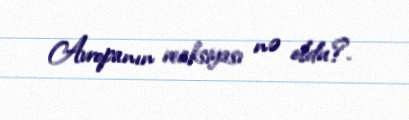
Avropanın reaksiyası nə oldu?.